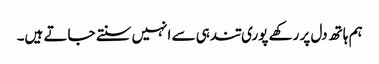
ہم ہاتھ دل پر رکھے پوری تندہی سے انہیں سنتے جاتے ہیں۔